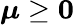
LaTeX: {\boldsymbol{\mu}}\geq\mathbf{0}